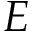
E